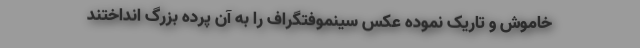
خاموش و تاریک نموده عکس سینِموفتُگراف را به آن پرده بزرگ انداختند